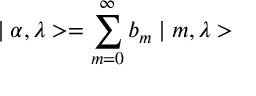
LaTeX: \mid \alpha , \lambda > = \sum _ { m = 0 } ^ { \infty } b _ { m } \mid m , \lambda >